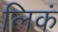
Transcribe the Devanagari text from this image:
लिकं